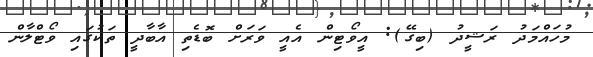
މުހައްމަދު ރަޝީދު (ބިގޭ): އީވޯޓިން އެއީ ވަރަށް ބޮޑެތި އާބާދީ ތަކުގައި ވޯޓްލާން